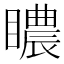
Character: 䁸